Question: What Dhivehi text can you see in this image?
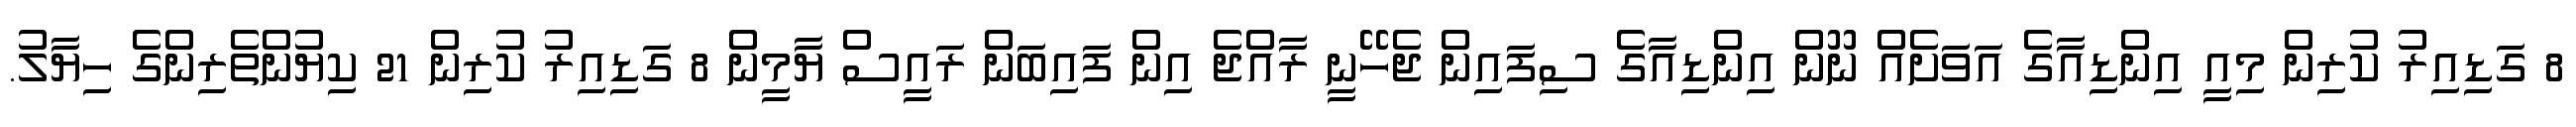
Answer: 8 ގަޑިއިރު ކުރިން މިއީ އިންޑިއާގެ އަވަށެއް ނޫން އިންޑިއާގެ ސިފައިން ޖެހޭނީ ރާއްޖެ އިން ފައިބަން ރައީސް ޔާމީން 8 ގަޑިއިރު ކުރިން 21 ކިޔުންތެރިންގެ ހިޔާލު.